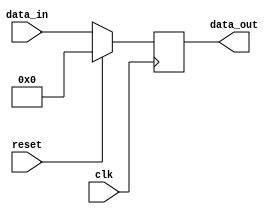
module synchronous_reset (
    input wire clk,          // Clock input
    input wire reset,        // Active high reset input
    input wire [7:0] data_in, // Example input data
    output reg [7:0] data_out // Example output data
);

// Synchronous reset behavior
always @(posedge clk) begin
    if (reset) begin
        // Reset condition: set data_out to zero
        data_out <= 8'b0; // Reset state
    end else begin
        // Normal operation: update data_out with data_in
        data_out <= data_in; // Update output with input data
    end
end

endmodule